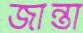
জান্তা